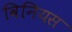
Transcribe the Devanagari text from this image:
विनियस